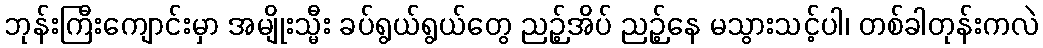
ဘုန်းကြီးကျောင်းမှာ အမျိုးသ္မီး ခပ်ရွယ်ရွယ်တွေ ညဉ့်အိပ် ညဉ့်နေ မသွားသင့်ပါ၊ တစ်ခါတုန်းကလဲ